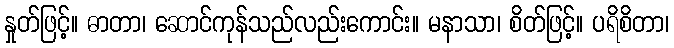
နှုတ်ဖြင့်။ ဓာတာ၊ ဆောင်ကုန်သည်လည်းကောင်း။ မနာသာ၊ စိတ်ဖြင့်။ ပရိစိတာ၊